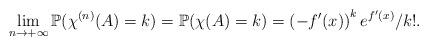
LaTeX: \begin{align*}\lim_{n\to+\infty}\mathbb{P}(\chi^{(n)}(A)=k)=\mathbb{P}(\chi(A)=k)=\left(-f'(x)\right)^ke^{f'(x)}/k!.\end{align*}